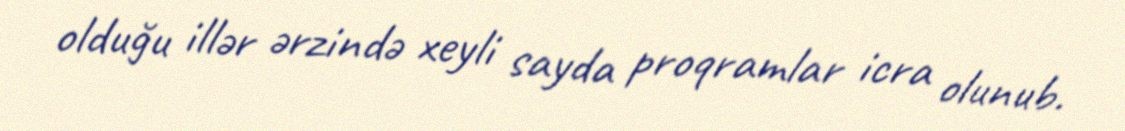
olduğu illər ərzində xeyli sayda proqramlar icra olunub.